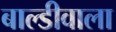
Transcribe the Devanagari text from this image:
बाल्डीवाला